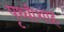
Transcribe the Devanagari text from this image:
पृथ्वीशाह